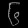
Digit: ၆